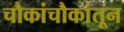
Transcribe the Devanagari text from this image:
चौकांचौकांतून